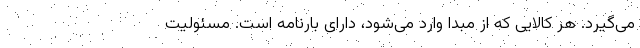
می‌گیرد. هر کالایی که از مبدا وارد می‌شود، دارای بارنامه است. مسئولیت